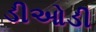
ડીઓડી